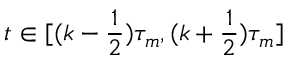
t \in [ ( k - \frac 1 2 ) \tau _ { m } , ( k + \frac 1 2 ) \tau _ { m } ]